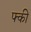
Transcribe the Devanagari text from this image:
फ्की